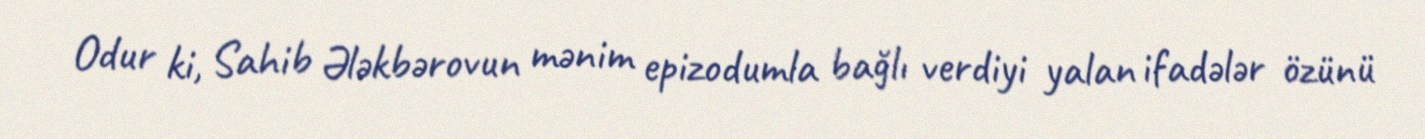
Odur ki, Sahib Ələkbərovun mənim epizodumla bağlı verdiyi yalan ifadələr özünü